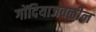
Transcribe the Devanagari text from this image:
गोंदियाजवळील